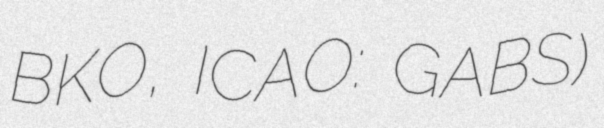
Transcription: BKO, ICAO: GABS)